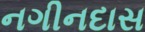
નગીનદાસ